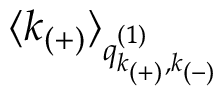
\langle k _ { ( + ) } \rangle _ { q _ { k _ { ( + ) } , k _ { ( - ) } } ^ { ( 1 ) } }